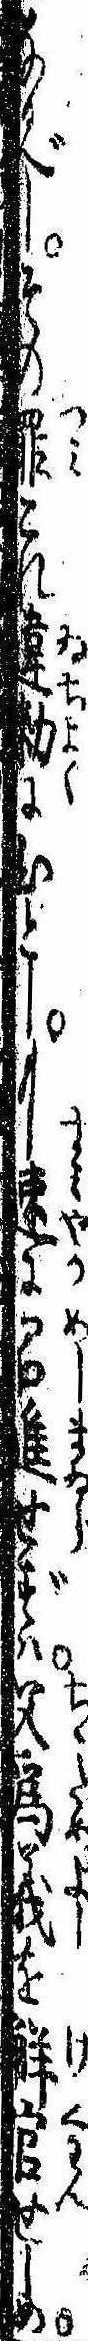
なるべしその罪これ違勅にひとしもし速に召進せずは父為義を解官せしめ